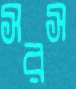
সরস